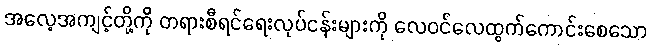
အလေ့အကျင့်တို့ကို တရားစီရင်ရေးလုပ်ငန်းများကို လေဝင်လေထွက်ကောင်းစေသော